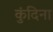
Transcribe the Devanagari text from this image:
कुंदिना